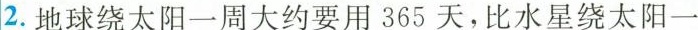
2. 地球绕太阳一周大约要用365天，比水星绕太阳一